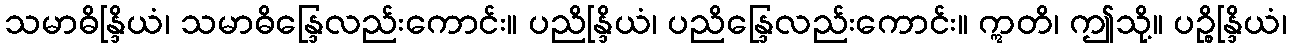
သမာဓိန္ဒြိယံ၊ သမာဓိန္ဒြေလည်းကောင်း။ ပညိန္ဒြိယံ၊ ပညိန္ဒြေလည်းကောင်း။ ဣတိ၊ ဤသို့။ ပဉ္စိန္ဒြိယံ၊